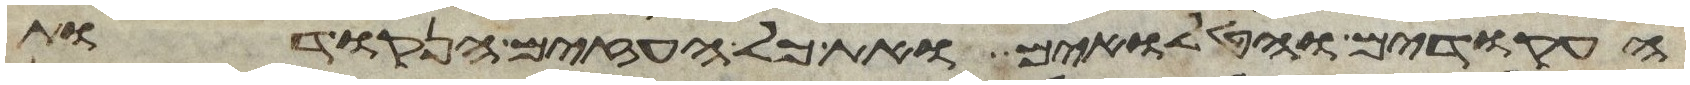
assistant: העקודים והטלואים ואת כל העזים הנקודות